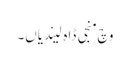
وچ منجی ڈاہ لیندیاں۔